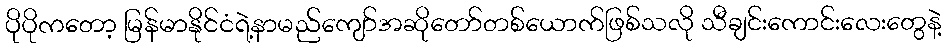
ပိုပိုကတော့ မြန်မာနိုင်ငံရဲ့နာမည်ကျော်အဆိုတော်တစ်ယောက်ဖြစ်သလို သီချင်းကောင်းလေးတွေနဲ့